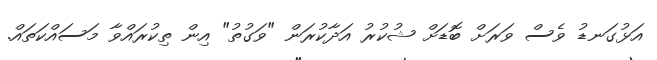
އަޅުގަނޑު ވެސް ވަރަށް ބޮޑަށް ޝުކުރު އަދާކުރަން "ވަގުތު" އިން ތިކުރައްވާ މަސައްކަތައް.